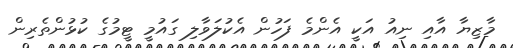
މާޒިޔާ އާއި ނިއު އަކީ އެންމެ ފަހުން އެކުލަވާލި ގައުމީ ޓީމުގެ ކުޅުންތެރިން